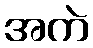
အကဲ